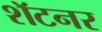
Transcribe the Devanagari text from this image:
शॅटनर